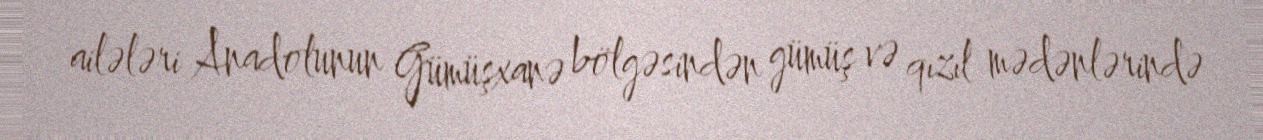
ailələri Anadolunun Gümüşxanə bölgəsindən gümüş və qızıl mədənlərində